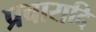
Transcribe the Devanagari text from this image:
प्रचारादि